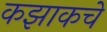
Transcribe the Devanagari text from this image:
कझाकचे